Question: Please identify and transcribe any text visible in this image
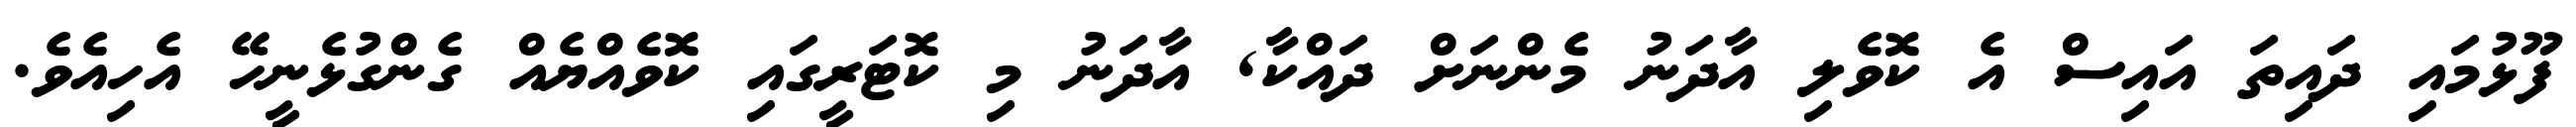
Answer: ފޫޅުމައި ދައިތަ އައިސް އެ ކޮވެލި އާދަނު މެންނަށް ދައްކާ, އާދަނު މި ކޮޓަރީގައި ކޮވެއްޔެއް ގެންގުޅެނީހޭ އެހިއެވެ.